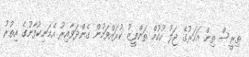
ތިރީސް ތިން އަހަރުގެ ޖަލު ހުކުމް ތަންފީޒު ކުރައްވަމުން ގެންދަވާއިރު އެމަނިކުފާނުގެ އިތުރު